Notes on vaccination in the North-West Frontier Province 1923-1928 - 1923-1928
Year: 1923
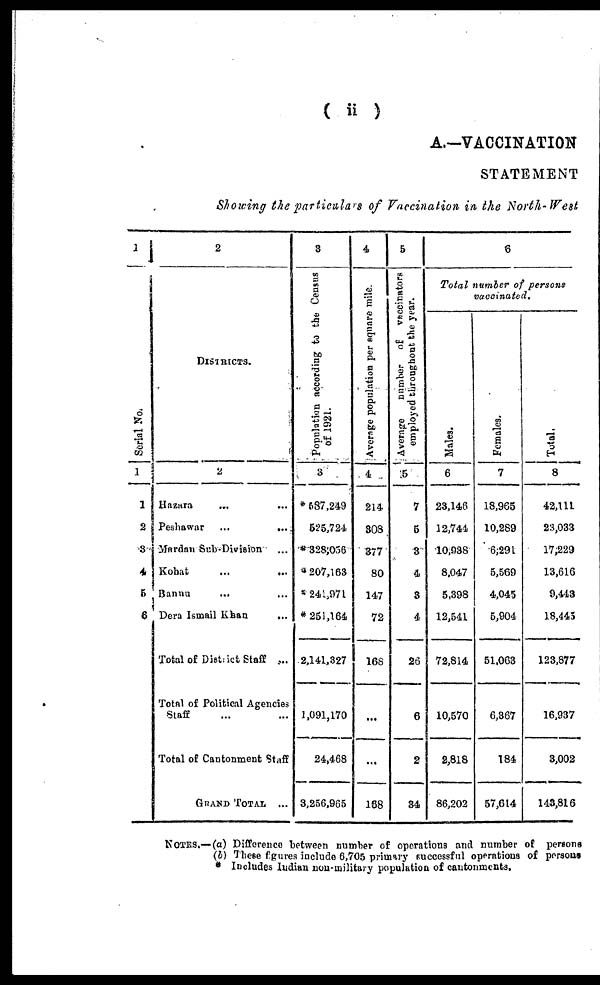
( ii )
A.—VACCINATION
STATEMENT
Showing the particulars of Vaccination in the North-West
1
Serial No.
1
1
2
3
4
5
6
2
DISTRICTS.
2
Hazara ... ...
Peshawar
...
...
Mardan Sub-Division ...
Kohat ... ...
Bannu ... ...
Dera Ismail Khan
...
Total of District Staff ...
Total of Political Agencies
Staff ... ...
Total of Cantonment Staff
GRAND TOTAL
...
3
Population according to the Census
of 1921.
3
* 587,249
525,724
* 328,056
*207,163
* 241,971
* 251,164
2,141,327
1,091,170
24,468
3,256,965
4
Average
population per square mile.
4
214
308
377
80
147
72
168
...
...
168
5
Average
number of vaccinators
employed throughout the year.
5
7
5
3
4
3
4
26
6
2
34
6
Total number of persons
vaccinated.
Males.
6
23,146
12,744
10,938
8,047
5,398
12,541
72,814
10,570
2,818
86,202
Females.
7
18,965
10,289
6,291
5,569
4,045
5,904
51,063
6,367
184
57,614
Total.
8
42,111
23,033
17,229
13,616
9,443
18,445
123,877
16,937
3,002
143,816
NOTES.—(a) Difference between number of operations and number of persons
(b) These figures include 6,705 primary successful operations of persons
Includes Indian non-military population of cantonments.